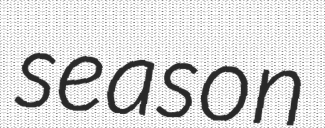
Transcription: season